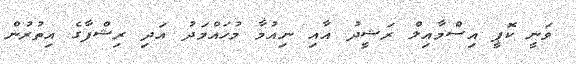
ވަނީ ކޮޕީ އިސްމާއިލް ރަޝީދު އާއި ނިއުމާ މުހައްމަދު އަދި ރިޝްފާގެ އިތުރުން